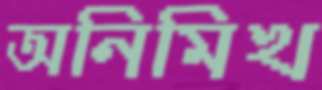
অনিমিখ